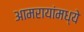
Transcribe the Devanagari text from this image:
आमरायांमध्ये